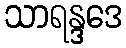
သာရန္ဒဒေ